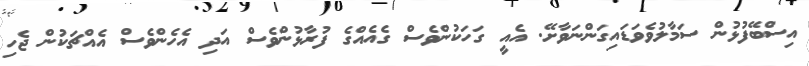
އިސްބޭފުޅުން ސަމާލުވެވަޑައިގަންނަވާށޭ. އެއީ ގަހަކުންވެސް ގެއެއްގެ ފުރާޅުންވެސް އަދި އެހެންވެސް އެއްޗަކުން ޖެހި